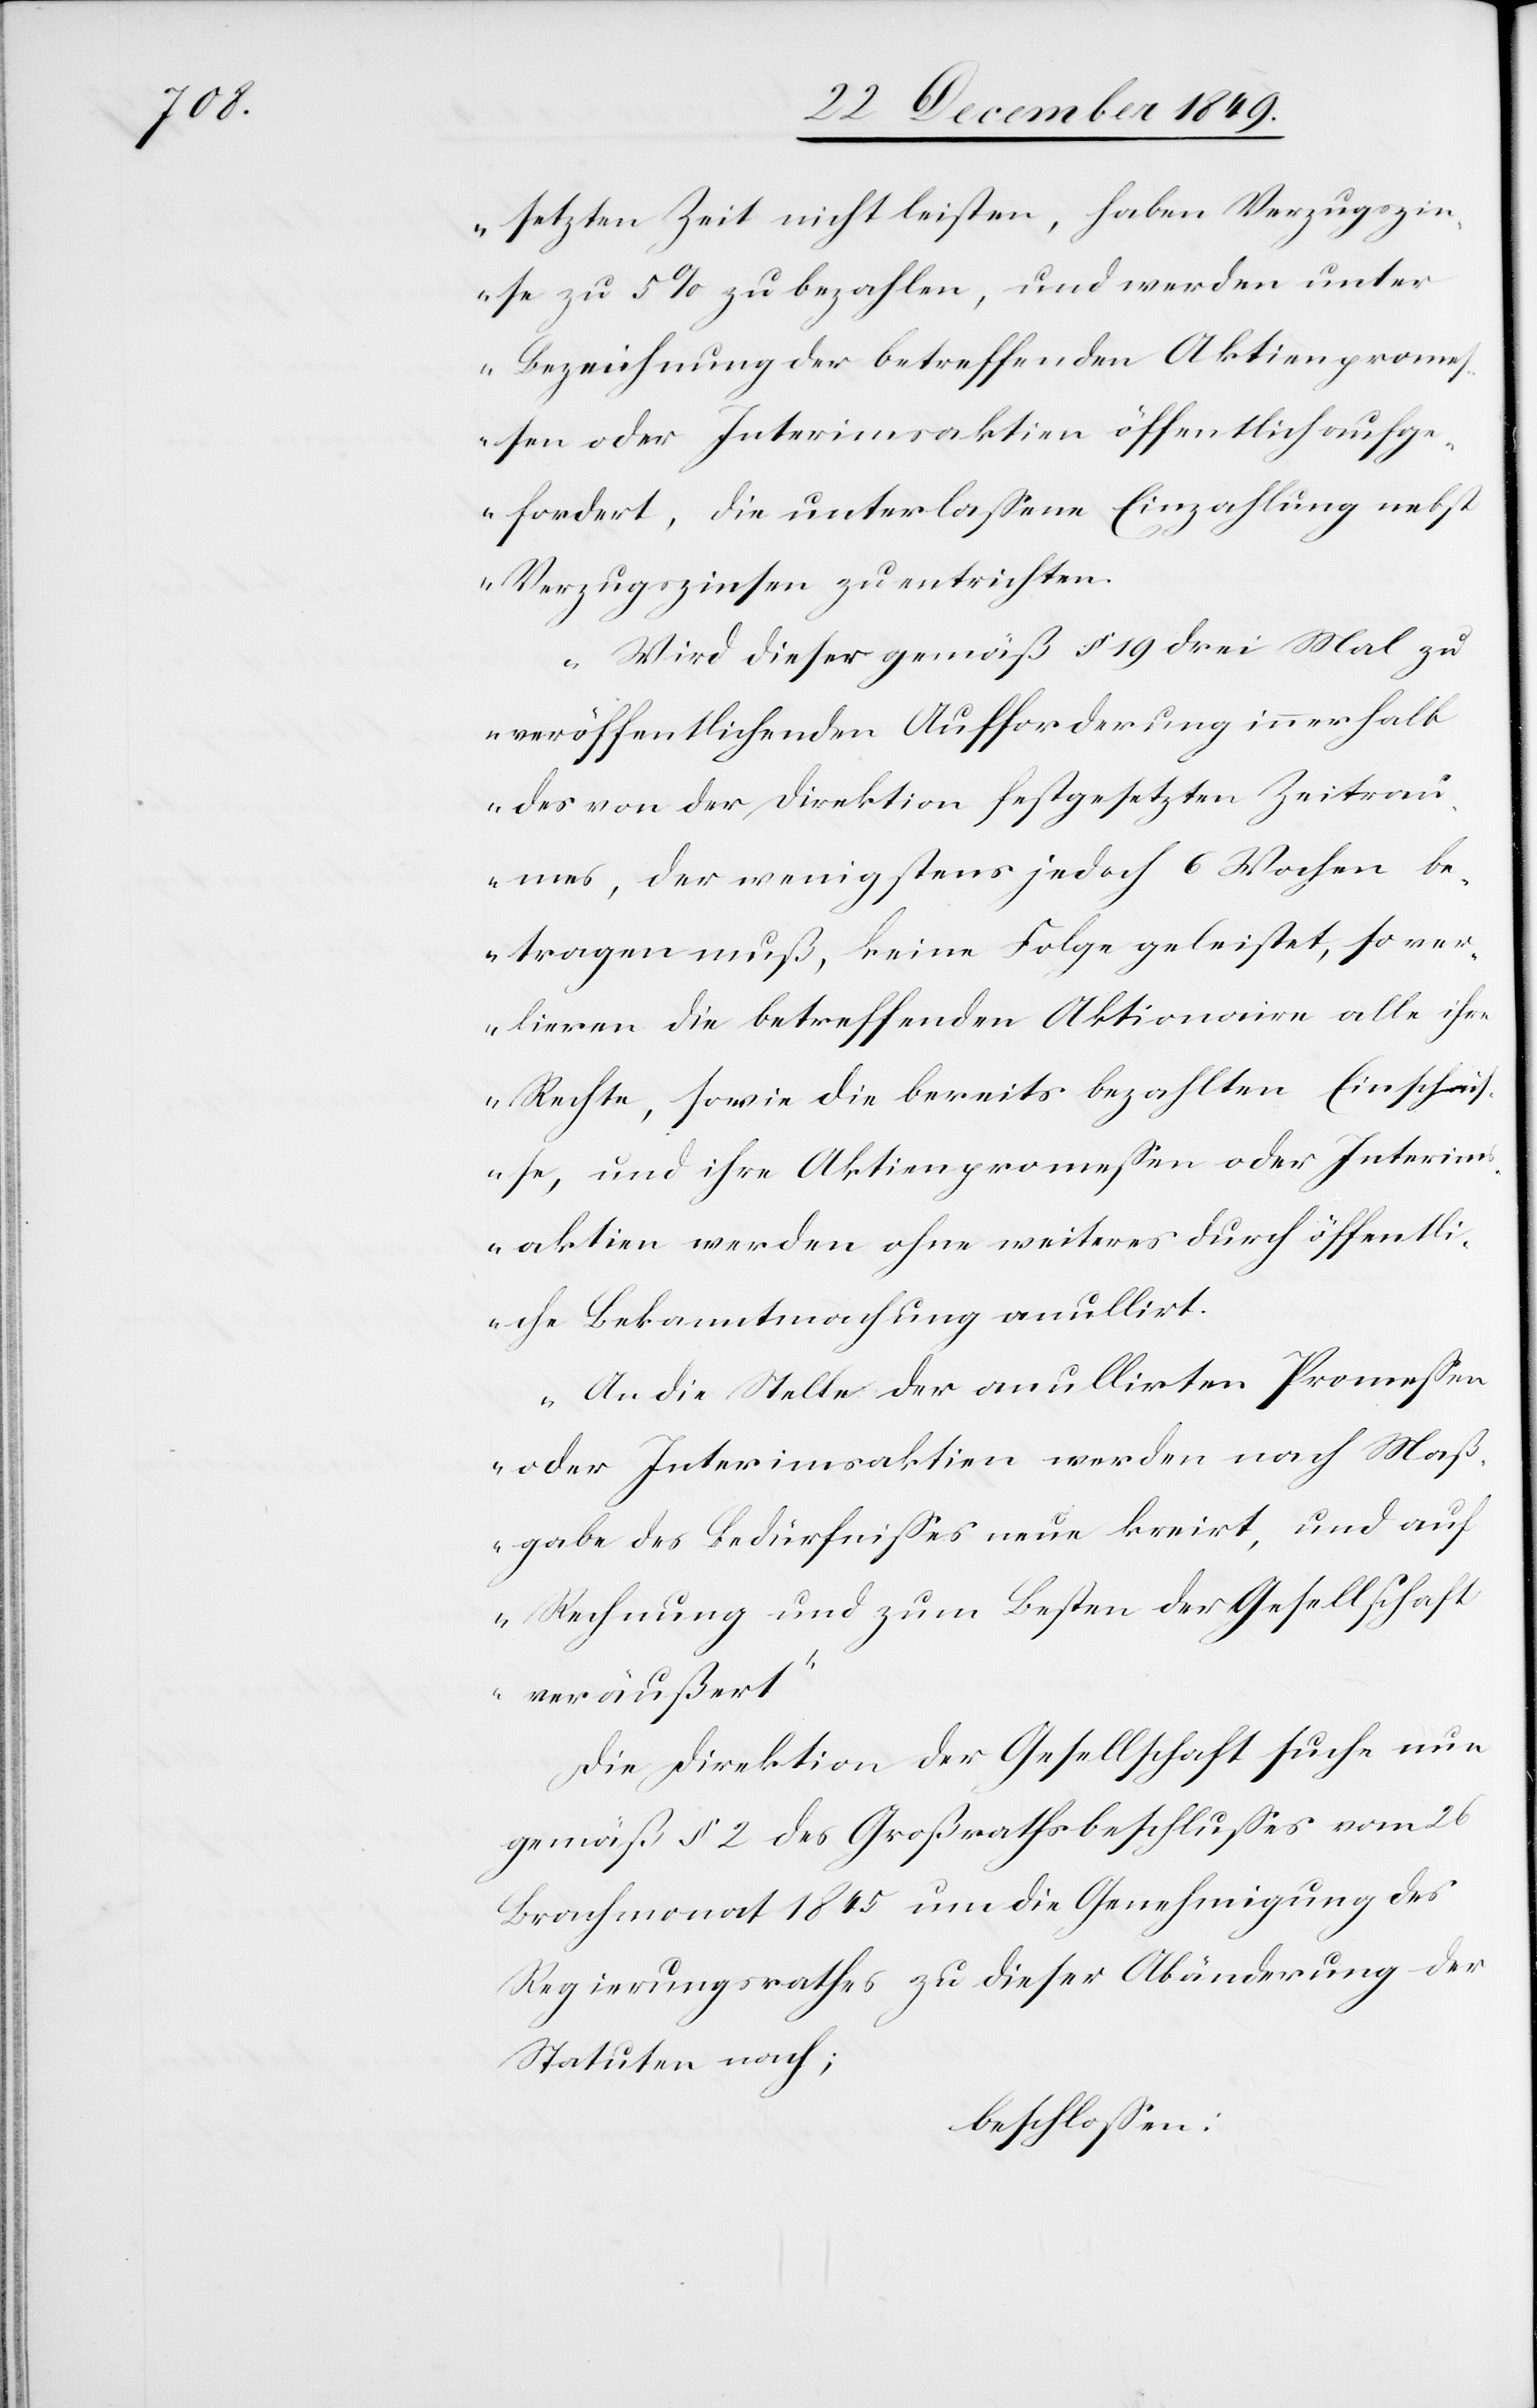
setzten Zeit nicht leisten, haben Verzugszin¬
se zu 5% zu bezahlen, und werden unter
Bezeichnung der betreffenden Aktienprome¬
ßen oder Interimsaktien öffentlich aufg¬
efordert, die unterlaßene Einzahlung nebst
Verzugszinsen zu entrichten.
Wird dieser gemäß § 19 drei Mal zu
veröffentlichenden Aufforderung innerhalb
des von der Direktion festgesetzten Zeitrau¬
mes, der wenigstens jedoch 6 Wochen be¬
tragen muß, keine Folge geleistet, so ver¬
lieren die betreffenden Aktionaire alle ihre
Rechte, sowie die bereits bezahlten Einschü¬
sse, und ihre Aktienpromeßen oder Interim¬
saktien werden ohne weiteres durch öffentli¬
che Bekanntmachung annullirt.
An die Stelle der annullirten Promeßen
oder Interimsaktien werden nach Maß¬
gabe des Bedürfnißes neue kreirt, und auf
Rechnung und zum Besten der Gesellschaft
veräußert.“
Die Direktion der Gesellschaft suche nun
gemäß § 2 des Großrathsbeschlußes vom 26
Brachmonat 1845 um die Genehmigung des
Regierungsrathes zu dieser Abänderung der
Statuten nach;